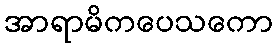
အာရာမိကပေသကော